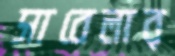
সাবেলার